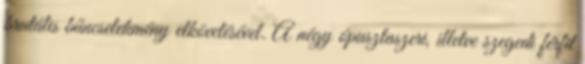
brutális bűncselekmény elkövetésével. A négy ópusztaszeri, illetve szegedi férfit